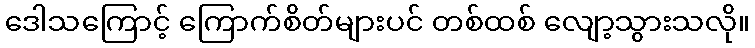
ဒေါသကြောင့် ကြောက်စိတ်များပင် တစ်ထစ် လျော့သွားသလို။